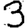
Digit: 3